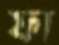
ফা